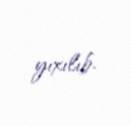
yıxılıb.